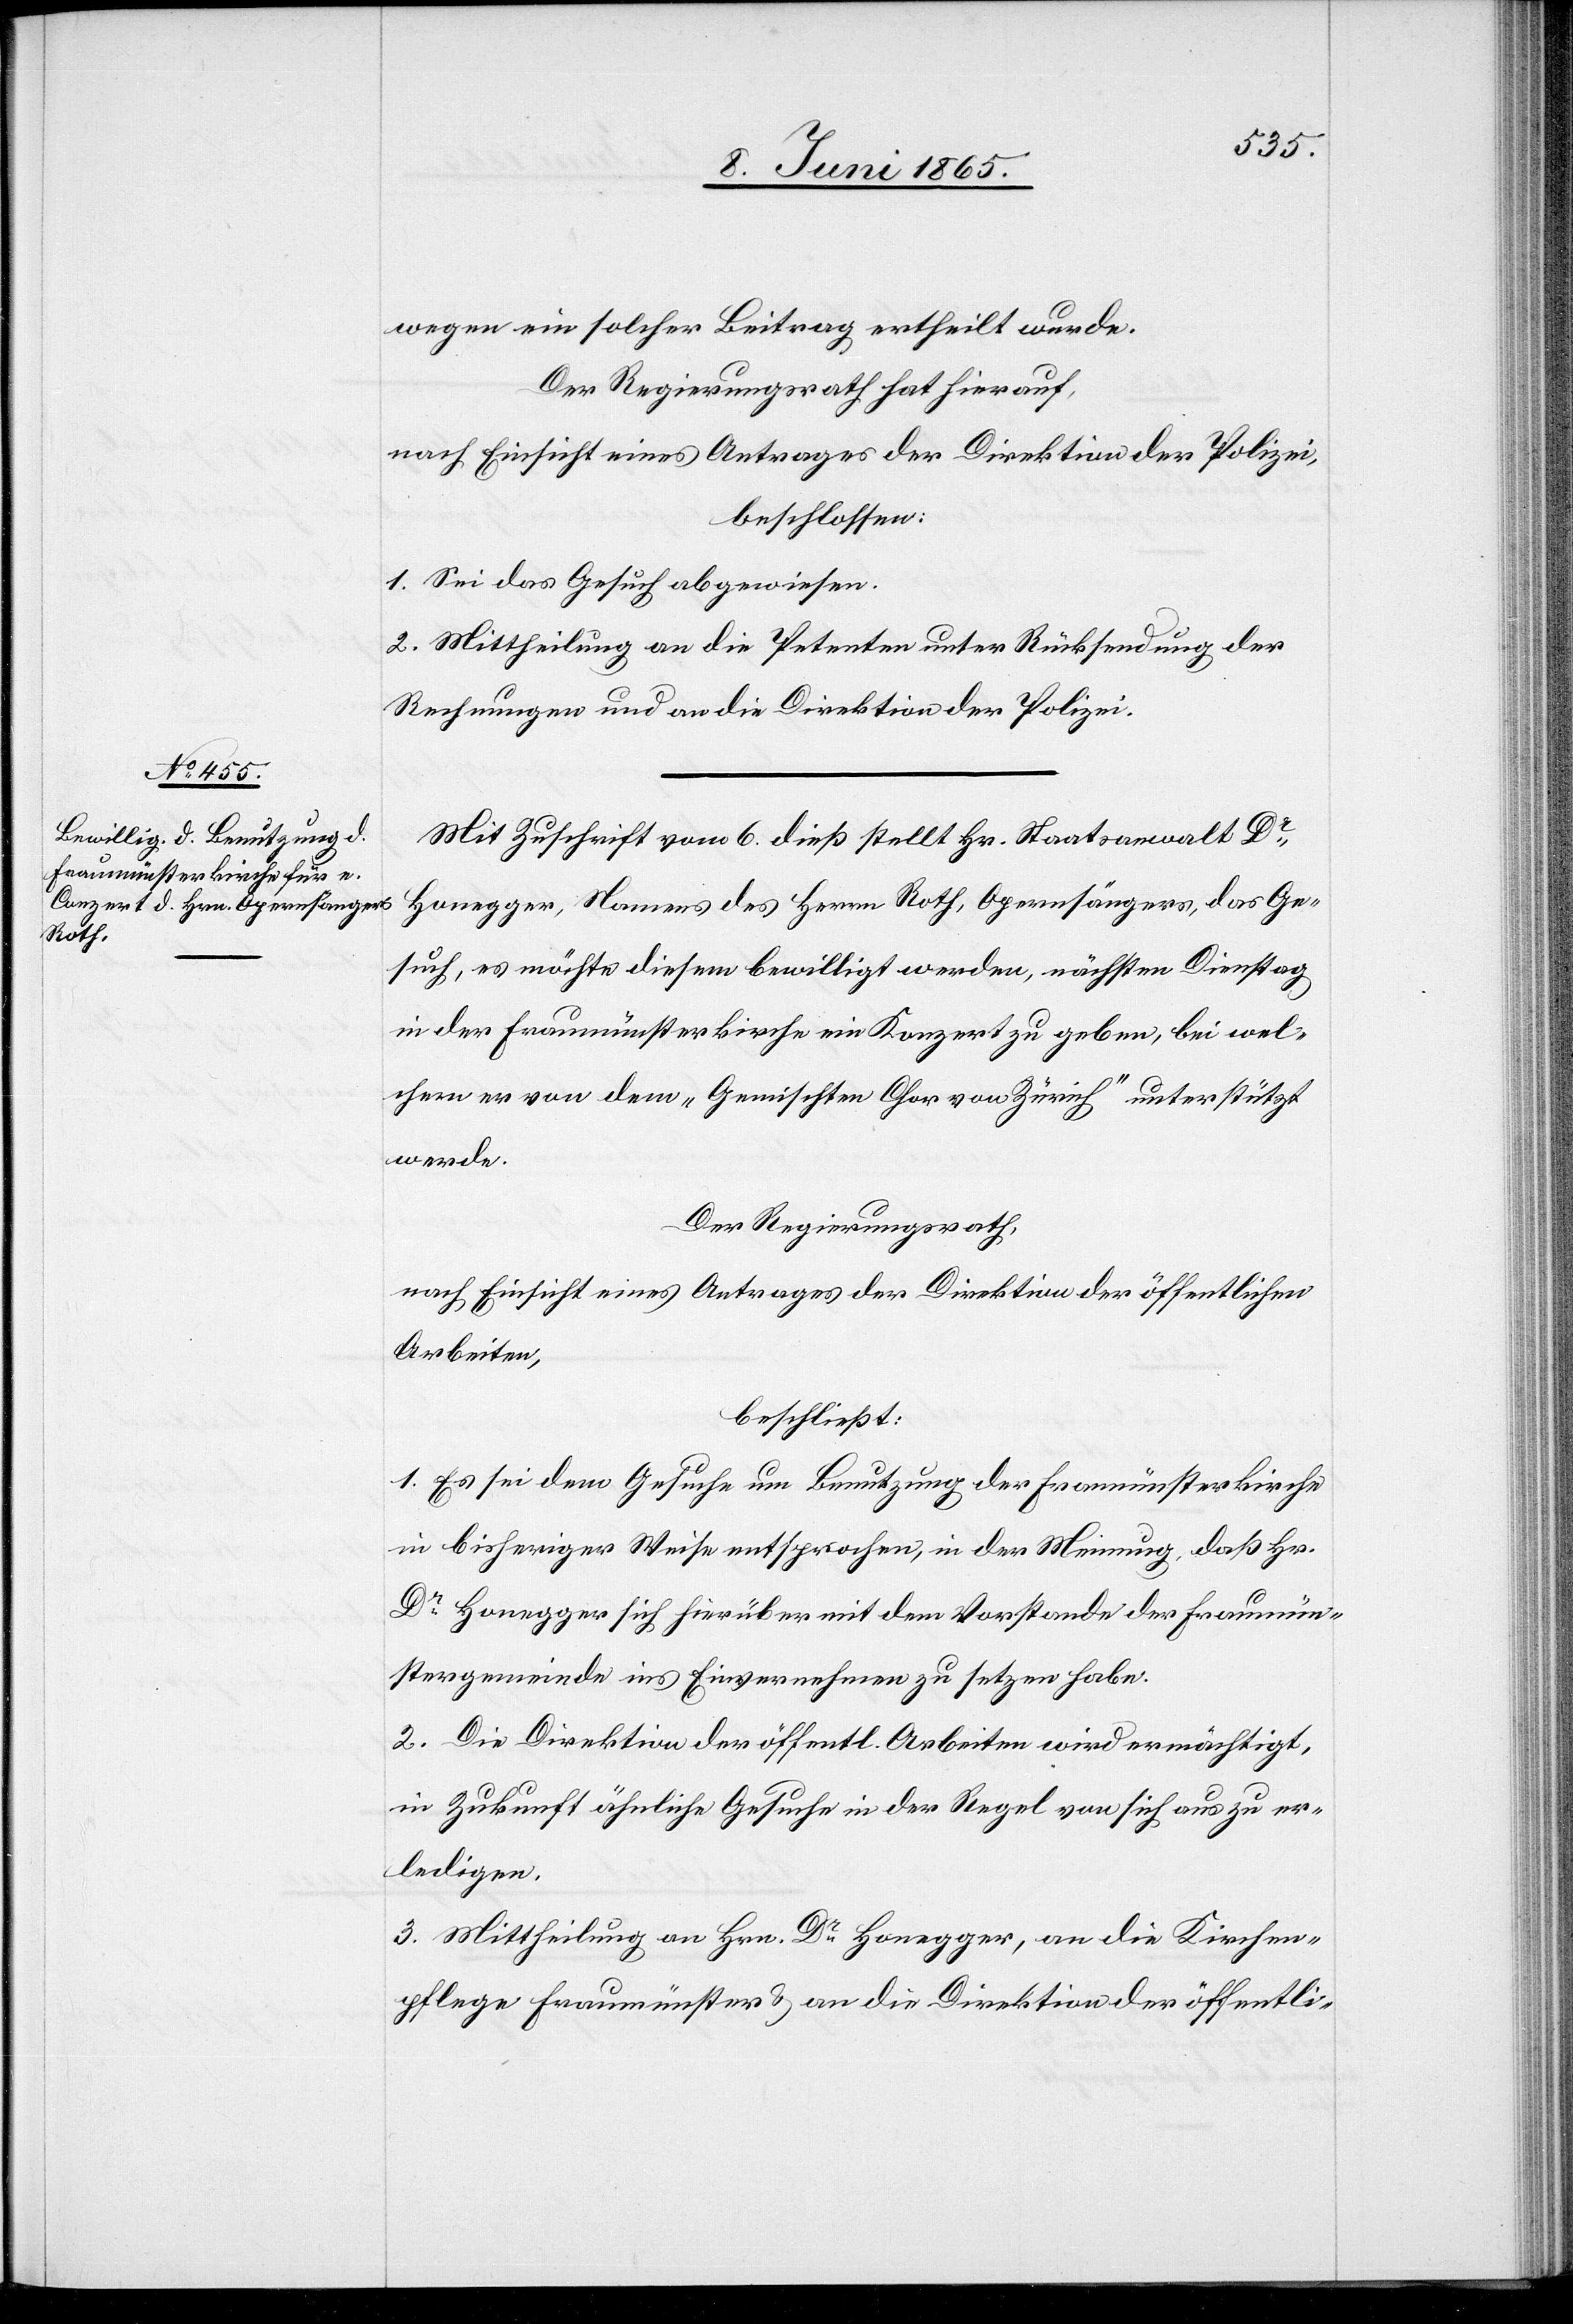
wegen ein solcher Beitrag ertheilt wurde.
Der Regierungsrath hat hierauf,
nach Einsicht eines Antrages der Direktion der Polizei,
beschlossen:
1. Sei das Gesuch abgewiesen.
2. Mittheilung an die Petenten unter Rücksendung der
Rechnungen und an die Direktion der Polizei.
Mit Zuschrift vom 6. dieß stellt Hr. Staatsanwalt Dr
Honegger, Namens des Herrn Roth, Opernsängers, das Ge¬
such, es möchte diesem bewilligt werden, nächsten Dienstag
in der Fraumünsterkirche ein Konzert zu geben, bei wel¬
chem er von dem „Gemischten Chor von Zürich“ unterstützt
werde.
Der Regierungsrath,
nach Einsicht eines Antrages der Direktion der öffentlichen
Arbeiten,
beschließt:
1. Es sei dem Gesuche um Benutzung der Fraumünsterkirche
in bisheriger Weise entsprochen, in der Meinung, daß Hr.
Dr Honegger sich hierüber mit dem Vorstande der Fraumün¬
stergemeinde ins Einvernehmen zu setzen habe.
2. Die Direktion der öffentl. Arbeiten wird ermächtigt,
in Zukunft ähnliche Gesuche in der Regel von sich aus zu er¬
ledigen.
3. Mittheilung an Hrn. Dr Honegger, an die Kirchen¬
pflege Fraumünster & an die Direktion der öffentli-